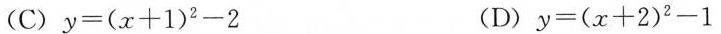
(C) $$y = ( x + 1 ) ^ { 2 } - 2$$ (D) $$y = ( x + 2 ) ^ { 2} - 1$$